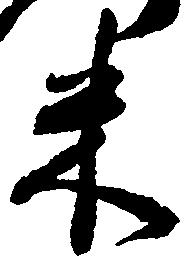
米